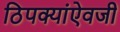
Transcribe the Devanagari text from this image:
ठिपक्यांऐवजी